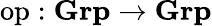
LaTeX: {\mathrm{op}}:{\textbf{Grp}}\to{\textbf{Grp}}